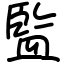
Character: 監